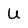
Character: U